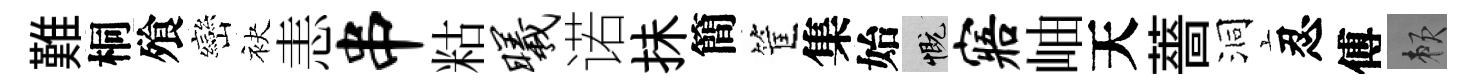
難桐飱巒袂恚串䊀曦诺抺簡筐集始慨寤岫天薔洞忍傅賴